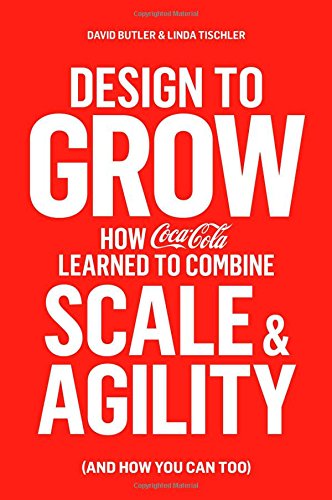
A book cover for Design to Grow: How Coca-Cola Learned to Combine Scale and Agility (and How You Can Too); David Butler; Business & Money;